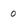
Character: 0